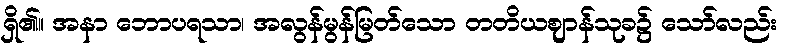
ရှိ၏။ အနာ ဘောပရသာ၊ အလွန်မွန်မြတ်သော တတိယဈာန်သုခ၌ သော်လည်း